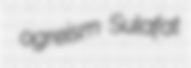
ogreism Sulafat